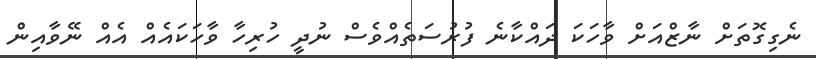
ނެގިގޮތަށް ނާޒްއަށް ވާހަކަ ދައްކާނެ ފުރުސަތެއްވެސް ނުދީ ހުރިހާ ވާހަކައެއް އެއް ނޭވާއިން